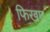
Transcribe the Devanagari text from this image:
फिखए